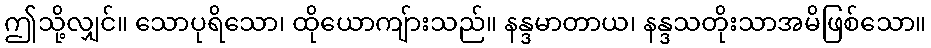
ဤသို့လျှင်။ သောပုရိသော၊ ထိုယောကျ်ားသည်။ နန္ဒမာတာယ၊ နန္ဒသတိုးသာအမိဖြစ်သော။